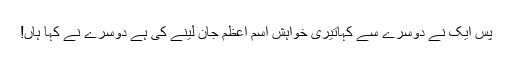
پس ایک نے دوسرے سے کہاتیری خواہش اسمِ اعظم جان لینے کی ہے دوسرے نے کہا ہاں!